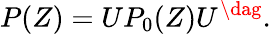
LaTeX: P(Z)=UP_{0}(Z)U^{\dag}.